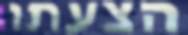
הצעתו